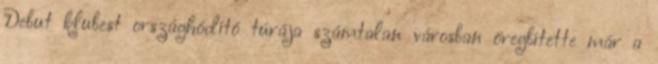
Debut klubest országhódító túrája számtalan városban öregbítette már a